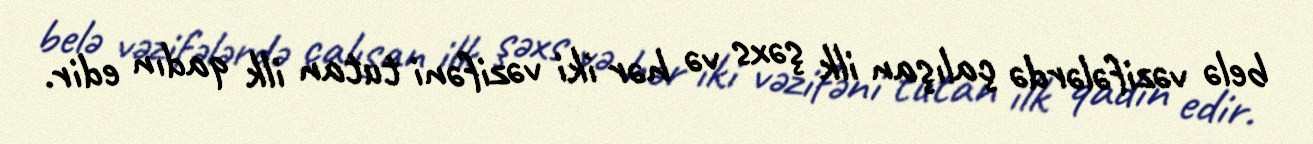
belə vəzifələrdə çalışan ilk şəxs və hər iki vəzifəni tutan ilk qadın edir.